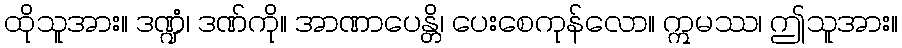
ထိုသူအား။ ဒဏ္ဍံ၊ ဒဏ်ကို။ အာဏာပေန္တိ၊ ပေးစေကုန်လော။ ဣမဿ၊ ဤသူအား။